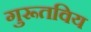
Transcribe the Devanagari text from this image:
गुरूतविय